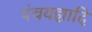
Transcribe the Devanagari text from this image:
पंचयज्ञादि